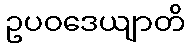
ဥပဝဒေယျာတိ